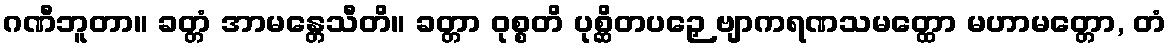
ဂဏီဘူတာ။ ခတ္တံ အာမန္တေသီတိ။ ခတ္တာ ဝုစ္စတိ ပုစ္ဆိတပဉှေ ဗျာကရဏသမတ္ထော မဟာမတ္တော, တံ